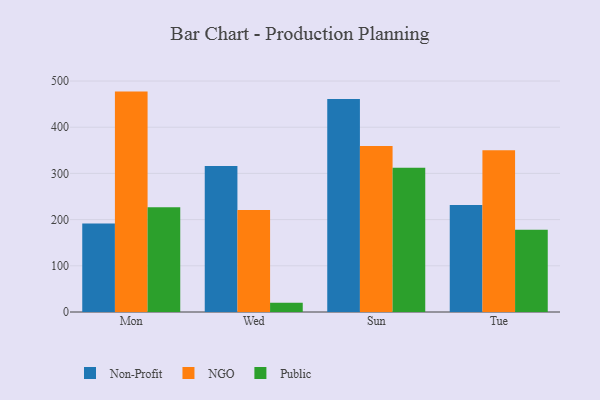
{"axis": {"x": "Day", "y": "Energy Usage (MWh)"}, "legend": ["NGO", "Non-Profit", "Public"], "data": [{"x": "Mon", "y": 191.6, "type": "Non-Profit"}, {"x": "Mon", "y": 477.1, "type": "NGO"}, {"x": "Mon", "y": 226.7, "type": "Public"}, {"x": "Wed", "y": 316.0, "type": "Non-Profit"}, {"x": "Wed", "y": 221.0, "type": "NGO"}, {"x": "Wed", "y": 20.1, "type": "Public"}, {"x": "Sun", "y": 461.0, "type": "Non-Profit"}, {"x": "Sun", "y": 359.3, "type": "NGO"}, {"x": "Sun", "y": 312.0, "type": "Public"}, {"x": "Tue", "y": 231.6, "type": "Non-Profit"}, {"x": "Tue", "y": 350.0, "type": "NGO"}, {"x": "Tue", "y": 178.2, "type": "Public"}]}